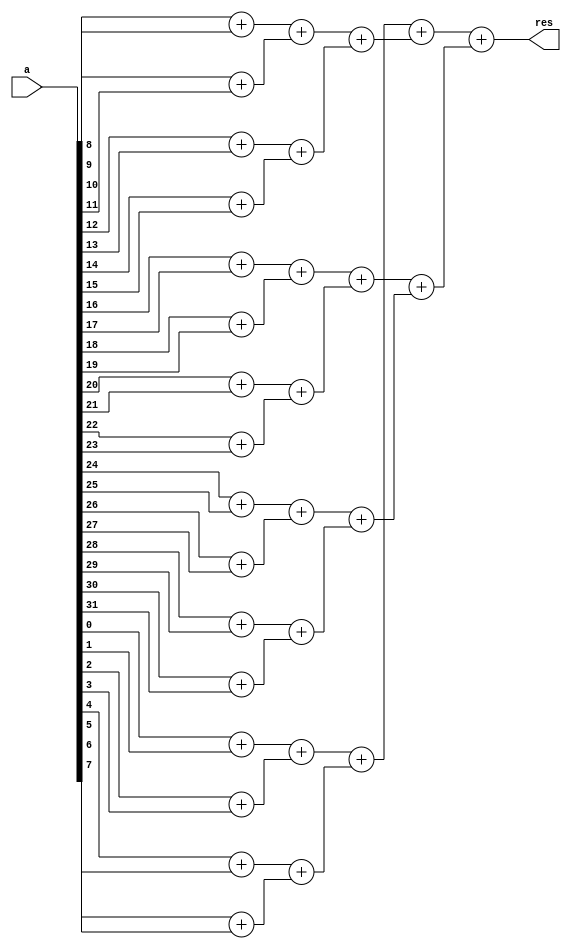
module PopCnt (
	a,
	res
);
	input wire [31:0] a;
	output reg [5:0] res;
	integer i;
	reg [5:0] resPopCnt;
	reg [1:0] resStage0 [15:0];
	reg [2:0] resStage1 [7:0];
	reg [3:0] resStage2 [3:0];
	reg [4:0] resStage3 [1:0];
	always @(*) begin
		resPopCnt = 0;
		for (i = 0; i < 16; i = i + 1)
			resStage0[i] = {1'b0, a[2 * i]} + {1'b0, a[(2 * i) + 1]};
		for (i = 0; i < 8; i = i + 1)
			resStage1[i] = {1'b0, resStage0[2 * i]} + {1'b0, resStage0[(2 * i) + 1]};
		for (i = 0; i < 4; i = i + 1)
			resStage2[i] = {1'b0, resStage1[2 * i]} + {1'b0, resStage1[(2 * i) + 1]};
		for (i = 0; i < 2; i = i + 1)
			resStage3[i] = {1'b0, resStage2[2 * i]} + {1'b0, resStage2[(2 * i) + 1]};
		res = {1'b0, resStage3[0]} + {1'b0, resStage3[1]};
	end
endmodule